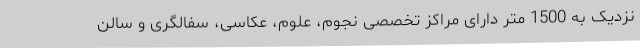
نزدیک به 1500 متر دارای مراکز تخصصی نجوم، علوم، عکاسی، سفالگری و سالن